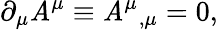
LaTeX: \partial_{\mu}\mathit{A}^{\mu}\equiv\mathit{A}^{\mu}{}_{,\mu}=0,